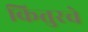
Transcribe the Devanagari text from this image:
कित्तुरचे